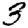
Digit: 3